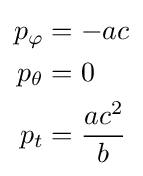
{\begin{aligned}p_{\varphi }&=-ac\\p_{\theta }&=0\\p_{t}&={\frac {ac^{2}}{b}}\end{aligned}}